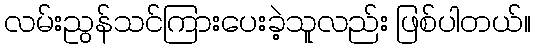
လမ်းညွန်သင်ကြားပေးခဲ့သူလည်း ဖြစ်ပါတယ်။